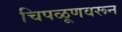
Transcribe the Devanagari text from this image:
चिपळूणवरून